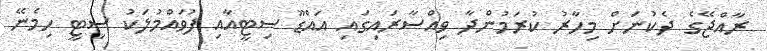
ރާއްޖޭގެ ދެކުނަށް މިހާރު ކުރަމުންދާ ވިއްސާރައިގައި އައްޑޫ ސިޓީއާއި ފުވައްމުލަކު ސިޓީ ހިމެނޭ